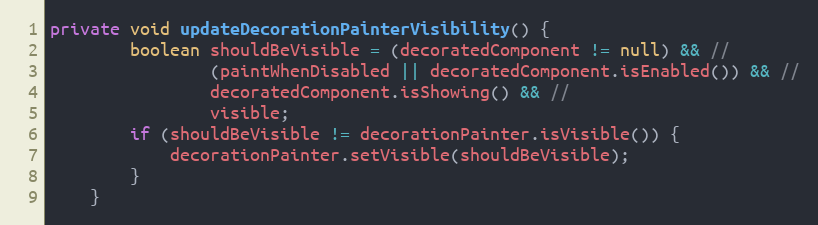
Language: Java
private void updateDecorationPainterVisibility() {
        boolean shouldBeVisible = (decoratedComponent != null) && //
                (paintWhenDisabled || decoratedComponent.isEnabled()) && //
                decoratedComponent.isShowing() && //
                visible;
        if (shouldBeVisible != decorationPainter.isVisible()) {
            decorationPainter.setVisible(shouldBeVisible);
        }
    }